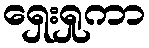
ရှေးရှုကာ